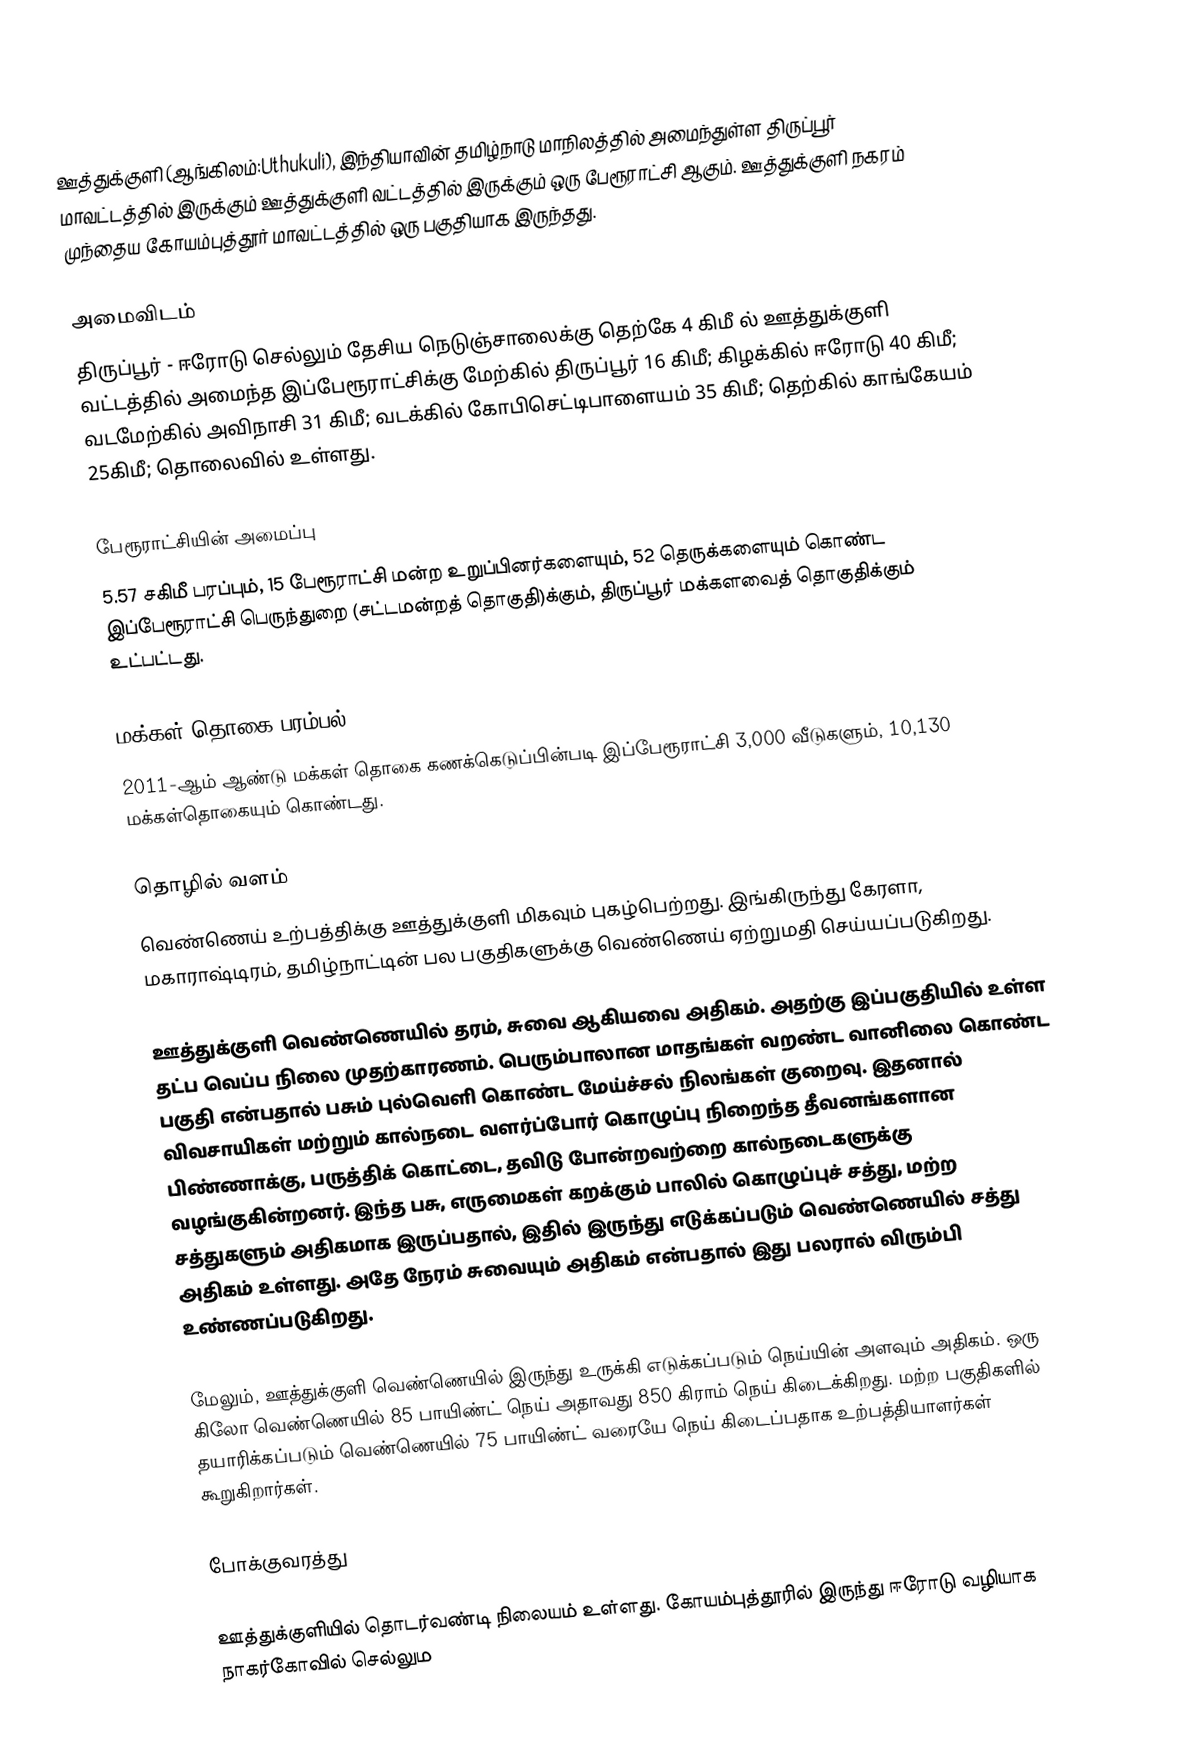
ஊத்துக்குளி (ஆங்கிலம்:Uthukuli), இந்தியாவின் தமிழ்நாடு மாநிலத்தில் அமைந்துள்ள திருப்பூர் மாவட்டத்தில் இருக்கும் ஊத்துக்குளி வட்டத்தில் இருக்கும்  ஒரு பேரூராட்சி ஆகும். ஊத்துக்குளி நகரம் முந்தைய கோயம்புத்தூர் மாவட்டத்தில் ஒரு பகுதியாக இருந்தது.

அமைவிடம்
திருப்பூர் - ஈரோடு செல்லும் தேசிய நெடுஞ்சாலைக்கு தெற்கே 4 கிமீ ல் ஊத்துக்குளி வட்டத்தில் அமைந்த இப்பேரூராட்சிக்கு மேற்கில் திருப்பூர்  16  கிமீ; கிழக்கில் ஈரோடு 40 கிமீ; வடமேற்கில் அவிநாசி 31 கிமீ;  வடக்கில் கோபிசெட்டிபாளையம் 35 கிமீ;  தெற்கில் காங்கேயம் 25கிமீ; தொலைவில் உள்ளது.

பேரூராட்சியின் அமைப்பு
5.57 சகிமீ பரப்பும், 15 பேரூராட்சி மன்ற உறுப்பினர்களையும், 52 தெருக்களையும் கொண்ட இப்பேரூராட்சி பெருந்துறை   (சட்டமன்றத் தொகுதி)க்கும், திருப்பூர் மக்களவைத் தொகுதிக்கும் உட்பட்டது.

மக்கள் தொகை பரம்பல்
2011-ஆம் ஆண்டு மக்கள் தொகை கணக்கெடுப்பின்படி  இப்பேரூராட்சி 3,000  வீடுகளும், 10,130 மக்கள்தொகையும் கொண்டது.

தொழில் வளம்
வெண்ணெய் உற்பத்திக்கு ஊத்துக்குளி மிகவும் புகழ்பெற்றது. இங்கிருந்து கேரளா, மகாராஷ்டிரம், தமிழ்நாட்டின் பல பகுதிகளுக்கு வெண்ணெய் ஏற்றுமதி செய்யப்படுகிறது.

ஊத்துக்குளி வெண்ணெயில் தரம், சுவை ஆகியவை அதிகம். அதற்கு இப்பகுதியில் உள்ள தட்ப வெப்ப நிலை முதற்காரணம். பெரும்பாலான மாதங்கள் வறண்ட வானிலை கொண்ட பகுதி என்பதால் பசும் புல்வெளி கொண்ட மேய்ச்சல் நிலங்கள் குறைவு. இதனால் விவசாயிகள் மற்றும் கால்நடை வளர்ப்போர் கொழுப்பு நிறைந்த தீவனங்களான பிண்ணாக்கு, பருத்திக் கொட்டை, தவிடு போன்றவற்றை கால்நடைகளுக்கு வழங்குகின்றனர். இந்த பசு, எருமைகள் கறக்கும் பாலில் கொழுப்புச் சத்து, மற்ற சத்துகளும் அதிகமாக இருப்பதால், இதில் இருந்து எடுக்கப்படும் வெண்ணெயில் சத்து அதிகம் உள்ளது. அதே நேரம் சுவையும் அதிகம் என்பதால் இது பலரால் விரும்பி உண்ணப்படுகிறது.

மேலும், ஊத்துக்குளி வெண்ணெயில் இருந்து உருக்கி எடுக்கப்படும் நெய்யின் அளவும் அதிகம். ஒரு கிலோ வெண்ணெயில் 85 பாயிண்ட் நெய் அதாவது 850 கிராம் நெய் கிடைக்கிறது. மற்ற பகுதிகளில் தயாரிக்கப்படும் வெண்ணெயில் 75 பாயிண்ட் வரையே நெய் கிடைப்பதாக உற்பத்தியாளர்கள் கூறுகிறார்கள்.

போக்குவரத்து

ஊத்துக்குளியில் தொடர்வண்டி நிலையம் உள்ளது. கோயம்புத்தூரில் இருந்து ஈரோடு வழியாக நாகர்கோவில் செல்லும